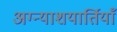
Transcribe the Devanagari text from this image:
अग्न्याशयार्तियाँ